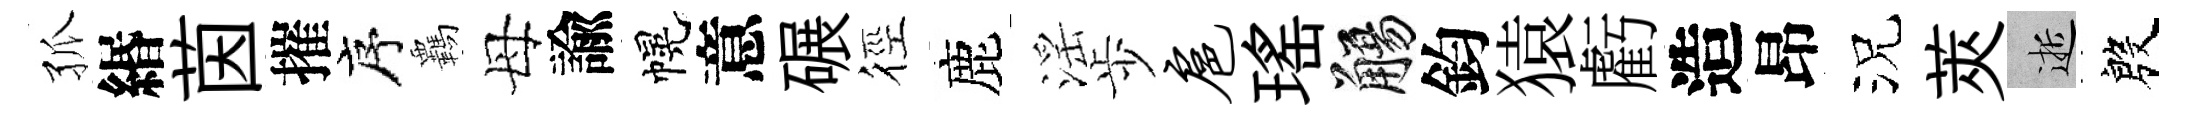
孤緡茵摧序覊母諭幌意碾徑鹿滛歩扈瑤觴鈞猿虧造昂況莢逝殷